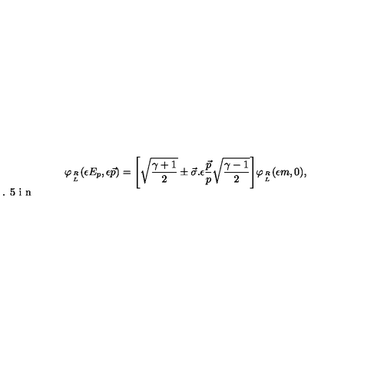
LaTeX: \varphi _ { R \atop L } ( \epsilon E _ { p } , \epsilon \vec { p } ) = \Bigg [ \sqrt { \frac { \gamma + 1 } { 2 } } \pm \vec { \sigma } . \epsilon \frac { \vec { p } } { p } \sqrt { \frac { \gamma - 1 } { 2 } } \Bigg ] \varphi _ { R \atop L } ( \epsilon m , 0 ) , \vspace { 0 . 5 i n }